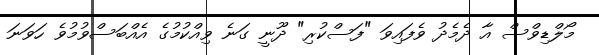
މޯލްޑިވްސް އާ ދެމެދު ވެފައިވަ "ފަސްކުރި" ދޫނީ ގަނެ ވިއްކުމުގެ އެއްބަސްވުމުވެ ހަވަނަ